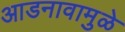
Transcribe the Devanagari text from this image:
आडनावामुळे